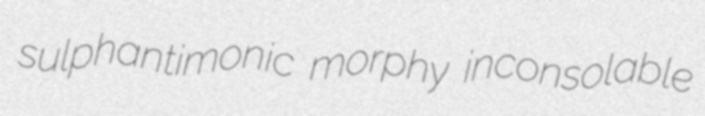
sulphantimonic morphy inconsolable